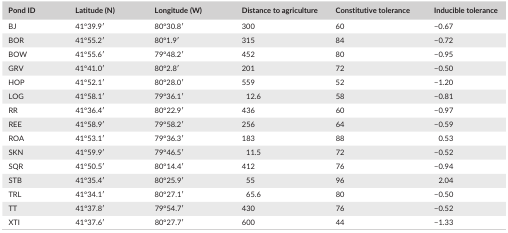
<table><thead><tr><td><b>Pond ID</b></td><td><b>Latitude (N)</b></td><td><b>Longitude (W)</b></td><td><b>Distance to agriculture</b></td><td><b>Constitutive tolerance</b></td><td><b>Inducible tolerance</b></td></tr></thead><tbody><tr><td>BJ</td><td>41°39.9′</td><td>80°30.8′</td><td>300</td><td>60</td><td>−0.67</td></tr><tr><td>BOR</td><td>41°55.2′</td><td>80°1.9′</td><td>315</td><td>84</td><td>−0.72</td></tr><tr><td>BOW</td><td>41°55.6′</td><td>79°48.2′</td><td>452</td><td>80</td><td>−0.95</td></tr><tr><td>GRV</td><td>41°41.0′</td><td>80°2.8′</td><td>201</td><td>72</td><td>−0.50</td></tr><tr><td>HOP</td><td>41°52.1′</td><td>80°28.0′</td><td>559</td><td>52</td><td>−1.20</td></tr><tr><td>LOG</td><td>41°58.1′</td><td>79°36.1′</td><td>12.6</td><td>58</td><td>−0.81</td></tr><tr><td>RR</td><td>41°36.4′</td><td>80°22.9′</td><td>436</td><td>60</td><td>−0.97</td></tr><tr><td>REE</td><td>41°58.9′</td><td>79°58.2′</td><td>256</td><td>64</td><td>−0.59</td></tr><tr><td>ROA</td><td>41°53.1′</td><td>79°36.3′</td><td>183</td><td>88</td><td>0.53</td></tr><tr><td>SKN</td><td>41°59.9′</td><td>79°46.5′</td><td>11.5</td><td>72</td><td>−0.52</td></tr><tr><td>SQR</td><td>41°50.5′</td><td>80°14.4′</td><td>412</td><td>76</td><td>−0.94</td></tr><tr><td>STB</td><td>41°35.4′</td><td>80°25.9′</td><td>55</td><td>96</td><td>2.04</td></tr><tr><td>TRL</td><td>41°34.1′</td><td>80°27.1′</td><td>65.6</td><td>80</td><td>−0.50</td></tr><tr><td>TT</td><td>41°37.8′</td><td>79°54.7′</td><td>430</td><td>76</td><td>−0.52</td></tr><tr><td>XTI</td><td>41°37.6′</td><td>80°27.7′</td><td>600</td><td>44</td><td>−1.33</td></tr></tbody></table>